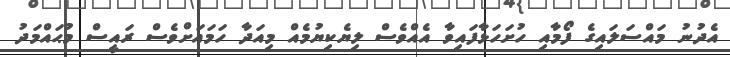
އެދުނު މައްސަލައިގެ ފޯމާއި ހުށަހަޅާފައިވާ އެއްވެސް ލިޔެކިޔުމެއް މިއަދާ ހަމައަށްވެސް ރައީސް މުޙައްމަދު